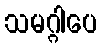
သမဂ္ဂါပေ